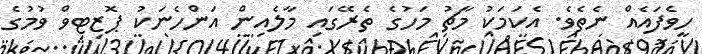
ހީވެފައެއް ނެތެވެ. އެކަމަކު މާޗު މަހުގެ ތެރޭގައި މާލެއިން އަންހެނަކު ޕޮޒިޓިވް ވުމުގެ